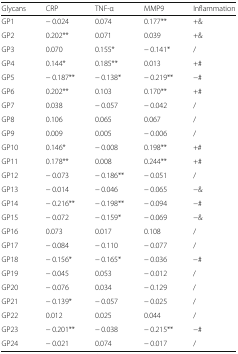
| Glycans | CRP | TNF-α | MMP9 | Inflammation |
 | --- | --- | --- | --- | --- |
 | GP1 | − 0.024 | 0.074 | 0.177** | +& |
 | GP2 | 0.202** | 0.071 | 0.039 | +& |
 | GP3 | 0.070 | 0.155* | − 0.141* | / |
 | GP4 | 0.144* | 0.185** | 0.013 | +# |
 | GP5 | − 0.187** | − 0.138* | − 0.219** | −# |
 | GP6 | 0.202** | 0.103 | 0.170** | +# |
 | GP7 | 0.038 | − 0.057 | − 0.042 | / |
 | GP8 | 0.106 | 0.065 | 0.067 | / |
 | GP9 | 0.009 | 0.005 | − 0.006 | / |
 | GP10 | 0.146* | − 0.008 | 0.198** | +# |
 | GP11 | 0.178** | 0.008 | 0.244** | +# |
 | GP12 | − 0.073 | − 0.186** | − 0.051 | / |
 | GP13 | − 0.014 | − 0.046 | − 0.065 | −& |
 | GP14 | − 0.216** | − 0.198** | − 0.094 | −# |
 | GP15 | − 0.072 | − 0.159* | − 0.069 | −& |
 | GP16 | 0.073 | 0.017 | 0.108 | / |
 | GP17 | − 0.084 | − 0.110 | − 0.077 | / |
 | GP18 | − 0.156* | − 0.165* | − 0.036 | −# |
 | GP19 | − 0.045 | 0.053 | − 0.012 | / |
 | GP20 | − 0.076 | 0.034 | − 0.129 | / |
 | GP21 | − 0.139* | − 0.057 | − 0.025 | / |
 | GP22 | 0.012 | 0.025 | 0.044 | / |
 | GP23 | − 0.201** | − 0.038 | − 0.215** | −# |
 | GP24 | − 0.021 | 0.074 | − 0.017 | / |